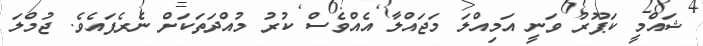
ޝައްމީ ކަޕޫރު ވަނީ އަމިއްލަ މަޖައްލާ އެއްވެސް ކުރު މުއްދަތަކަށް ނެރެފައެވެ. ޖުމްލަ